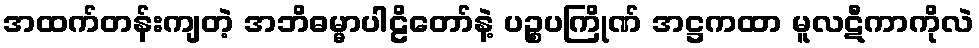
အထက်တန်းကျတဲ့ အဘိဓမ္မာပါဠိတော်နဲ့ ပဉ္စပကြိုဏ် အဋ္ဌကထာ မူလဋီကာကိုလဲ